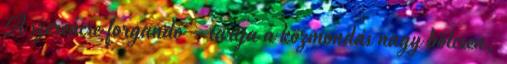
A szerencse forgandó – tartja a közmondás nagy bölcsen,